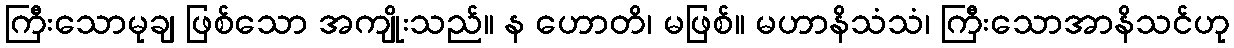
ကြီးသောမုချ ဖြစ်သော အကျိုးသည်။ န ဟောတိ၊ မဖြစ်။ မဟာနိသံသံ၊ ကြီးသောအာနိသင်ဟု